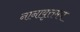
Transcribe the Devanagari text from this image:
नानावृत्तमय